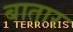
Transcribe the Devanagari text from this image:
बातार